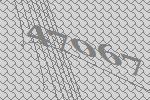
47067